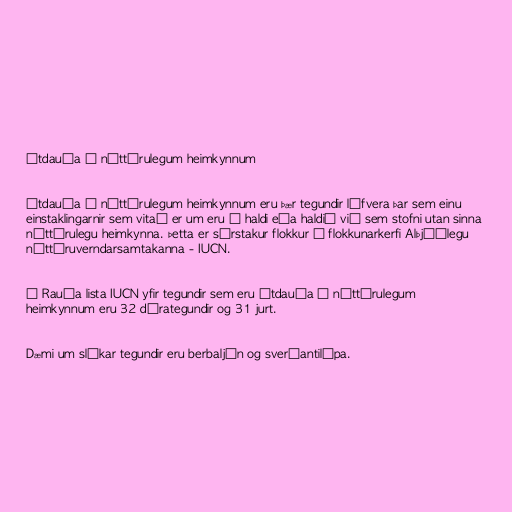
Útdauða í náttúrulegum heimkynnum

Útdauða í náttúrulegum heimkynnum eru þær tegundir lífvera þar sem einu
einstaklingarnir sem vitað er um eru í haldi eða haldið við sem stofni utan sinna
náttúrulegu heimkynna. Þetta er sérstakur flokkur í flokkunarkerfi Alþjóðlegu
náttúruverndarsamtakanna - IUCN.

Á Rauða lista IUCN yfir tegundir sem eru útdauða í náttúrulegum
heimkynnum eru 32 dýrategundir og 31 jurt.

Dæmi um slíkar tegundir eru berbaljón og sverðantilópa.